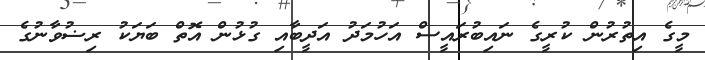
މީގެ އިތުރުން ކުރީގެ ނައިބުރައީސް އަހުމަދު އަދީބާއި ގުޅުން އޮތް ބަޔަކު ރިޟުވާނުގެ